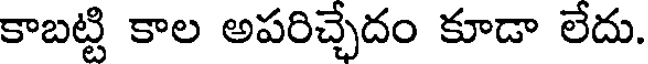
కాబట్టి కాల అపరిచ్చేదం కూడా లేదు.